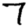
Digit: 7